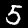
Label: 5